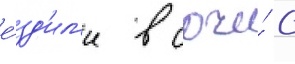
е́зд'ил'и в сочи́ с